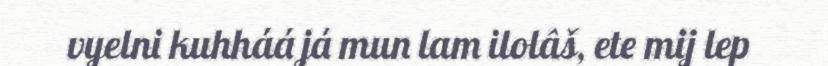
vyelni kuhháá já mun lam ilolâš, ete mij lep